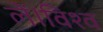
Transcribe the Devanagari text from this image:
लें।विश्व